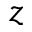
z